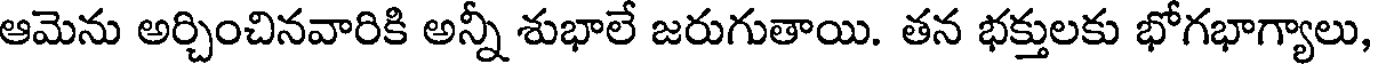
ఆమెను అర్చించినవారికి అన్నీ శుభాలే జరుగుతాయి. తన భక్తులకు భోగభాగ్యాలు,